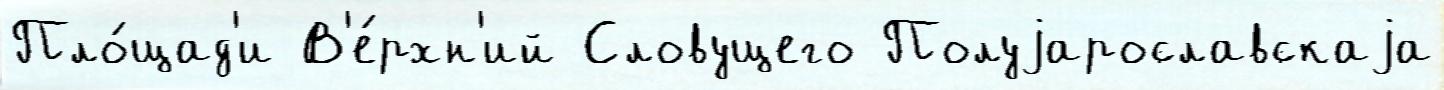
Пло́щад'и В'е́рхн'ий Словущего Полуjарославскаjа